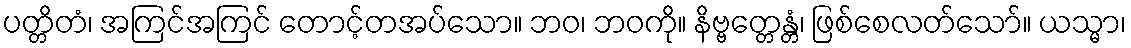
ပတ္တိတံ၊ အကြင်အကြင် တောင့်တအပ်သော။ ဘဝ၊ ဘဝကို။ နိဗ္ဗတ္တေန္တံ၊ ဖြစ်စေလတ်သော်။ ယသ္မာ၊